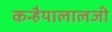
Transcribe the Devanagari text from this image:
कन्हैयालालजी